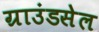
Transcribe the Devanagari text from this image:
ग्राउंडसेल